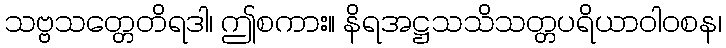
သဗ္ဗသတ္တေတိရဒါ၊ ဤစကား။ နိရအဋ္ဌသသိသတ္တပရိယာဝါဝစန၊